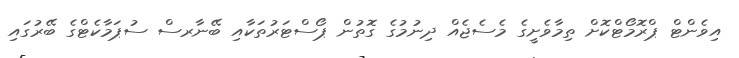
އިވެންޓް ޕްރޮމޯޓްކޮށް ތިމާވެށީގެ މެސެޖެއް ދިނުމުގެ ގޮތުން ޕޯސްޓަރުތަކާއި ބޭނާރސް ސުޕަމާކެޓްގެ ބޭރުގައި